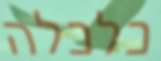
כלכלה